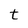
Character: t